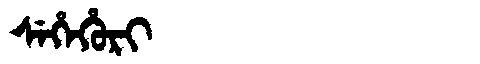
Manchu: ᠰᡝᡥᡝᡥᡠᡵᡳ
Romanization: SEHEHURI